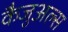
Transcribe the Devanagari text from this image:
कैजुअल्स